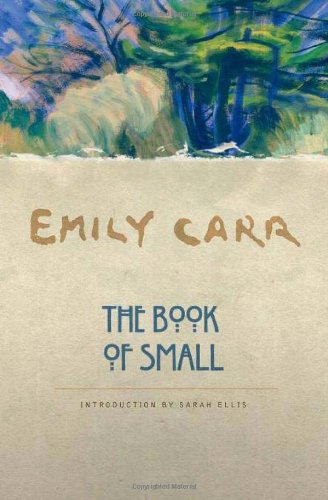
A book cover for The Book of Small; Emily Carr; Literature & Fiction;